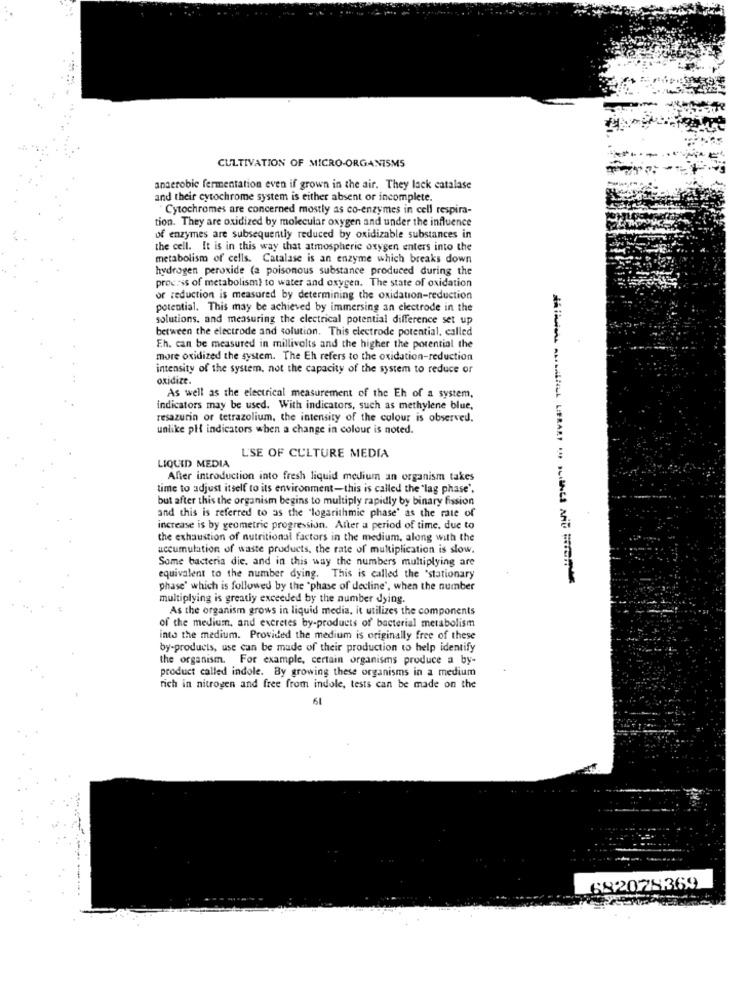
CULTIVATION OF MICRO-ORGANISMS
anaerobic fermentation even if grown in the air. They lack catalase
and their cytochrome system is either absent or incomplete.
Cytochromes are concerned mostly as co-enzymes in cell respira-
tion. They are oxidized by molecular oxygen and under the influence
of enzymes are subsequently reduced by oxidizable substances in
the cell. It is in this way that atmospheric oxygen enters into the
metabolism of cells. Catalase is an enzyme which breaks down
hydrogen peroxide (a poisonous substance produced during the
process of metabolisml to water and oxygen. The state of oxidation
or reduction is measured by determining the oxidation-reduction
potential. This may be achieved by immersing an electrode in the
solutions, and measuring the electrical potential difference set up
between the electrode and solution. This electrode potential, called
Eh. can be measured in millivolts and the higher the potential the
more oxidized the system. The Eh refers to the oxidation-reduction
intensity of the system, not the capacity of the system to reduce or
oxidize.
As well as the electrical measurement of the Eh of a system.
indicators may be used. With indicators, such as methylene blue,
resazurin or tetrazolium, the intensity of the colour is observed.
unlike pH indicators when a change in colour is noted.
L'SE OF CULTURE MEDIA
LIQUID MEDIA
After introduction into fresh liquid medium an organism takes
time to adjust itself to its environment-this is called the "lag phase'.
but after this the organism begins to multiply rapidly by binary fission
and this is referred to as the "logarithmic phase' as the rate of
increase is by geometric progression. Aller a period of time. due to
the exhaustion of nutritional factors in the medium, along with the
accumulation of waste products, the rate of multiplication is slow.
Some bacteria die, and in this way the numbers multiplying are
equivalent to the number dying. This is called the 'stationary
phase' which is followed by the "phase of decline', when the number
multiplying is greatly exceeded by the number dying.
As the organism grows in liquid media, it utilizes the components
of the medium, and excretes by-products of' bacterial metabolism
into the medium. Provided the medium is originally free of these
by-products, use can be made of their production to help identify
the organism. For example, certain organisms produce a by-
product called indole. By growing these organisms in a medium
rich in nitrogen and free from indole, tests can be made on the
61
682028369